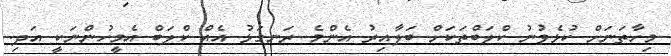
މިހާތަނަށް ކުޅެވުނު ކްލަބްތަކަށް ބަލާއިރު އެންމެ ރަނގަޅު އެއް ކްލަބް އެމީހުންނަކީ އަދި.